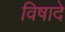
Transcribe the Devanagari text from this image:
विषादे